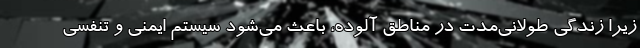
زیرا زندگی طولانی‌مدت در مناطق آلوده، باعث می‌شود سیستم ایمنی و تنفسی